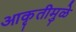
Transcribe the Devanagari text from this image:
आकृतीमुळे